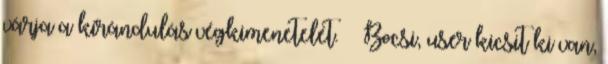
várja a kirándulás végkimenetelét. Bocsi, user kicsit ki van,